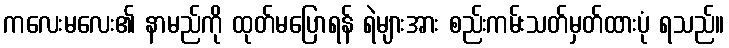
ကလေးမလေး၏ နာမည်ကို ထုတ်မပြောရန် ရဲများအား စည်းကမ်းသတ်မှတ်ထားပုံ ရသည်။